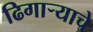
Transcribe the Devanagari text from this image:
ढिगार्‍याचे